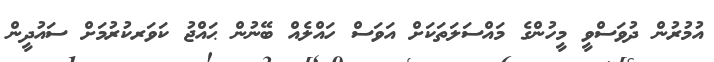
އުމުރުން ދުވަސްވީ މީހުންގެ މައްސަލަތަކަށް އަވަސް ހައްލެއް ބޭނުން ޙައްޖު ކަވަރކުރުމަށް ސައުދީން